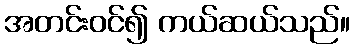
အတင်းဝင်၍ ကယ်ဆယ်သည်။